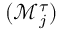
( \mathcal { M } _ { j } ^ { \tau } )